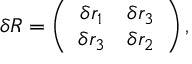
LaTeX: \delta R = \left( \begin{array} { c r c } { { \delta r _ { 1 } } } & { { \delta r _ { 3 } } } \\ { { \delta r _ { 3 } } } & { { \delta r _ { 2 } } } \end{array} \right) ,